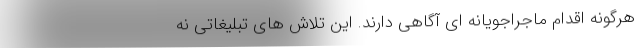
هرگونه اقدام ماجراجویانه ای آگاهی دارند. این تلاش های تبلیغاتی نه